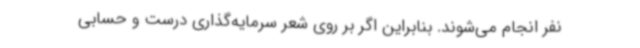
نفر انجام می‌شوند. بنابراین اگر بر روی شعر سرمایه‌گذاری درست و حسابی